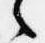
之